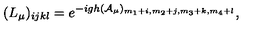
( L _ { \mu } ) _ { i j k l } = e ^ { - i g h ( { \cal A } _ { \mu } ) _ { m _ { 1 } + i , m _ { 2 } + j , m _ { 3 } + k , m _ { 4 } + l } } ,